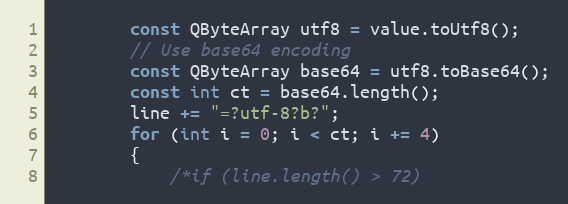
Language: C++
        const QByteArray utf8 = value.toUtf8();
        // Use base64 encoding
        const QByteArray base64 = utf8.toBase64();
        const int ct = base64.length();
        line += "=?utf-8?b?";
        for (int i = 0; i < ct; i += 4)
        {
            /*if (line.length() > 72)